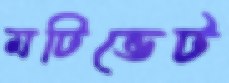
মটিভেট